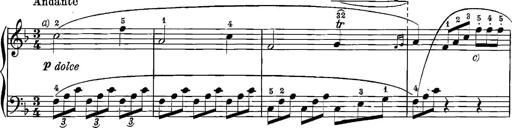
Title: 12 Sonatinas
Composer: Ignaz Pleyel